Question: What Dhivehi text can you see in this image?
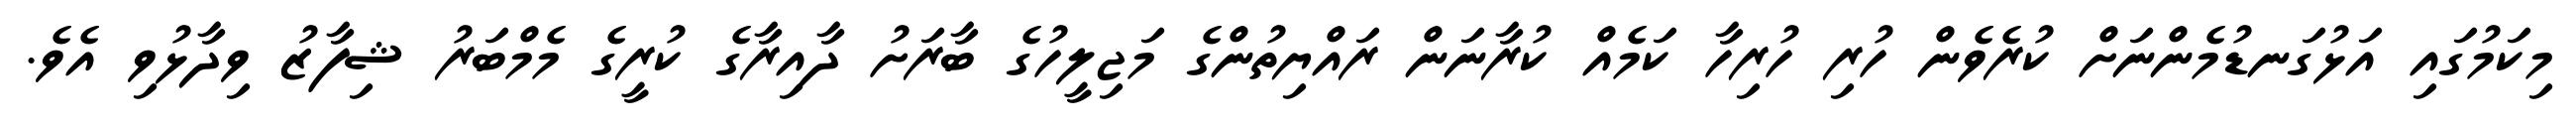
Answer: މިކަމުގައި އަޅުގަނޑުމެންނަށް ކުރެވެން ހުރި ހުރިހާ ކަމެއް ކުރާނަން ރައްޔިތުންގެ މަޖިލީހުގެ ބާރަށު ދާއިރާގެ ކުރީގެ މެމްބަރު ޝިފާޒު ވިދާޅުވި އެވެ.